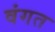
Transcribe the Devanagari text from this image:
वंगत